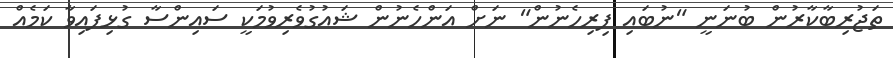
ތަޖުރިބާކާރުން ބުނަނީ "ނުބައި ފިރިހެނުން" ނަށް އަންހެނުން ޝައުގުވެރިވުމަކީ ސައިންސާ ގުޅިފައިވާ ކަމެއް